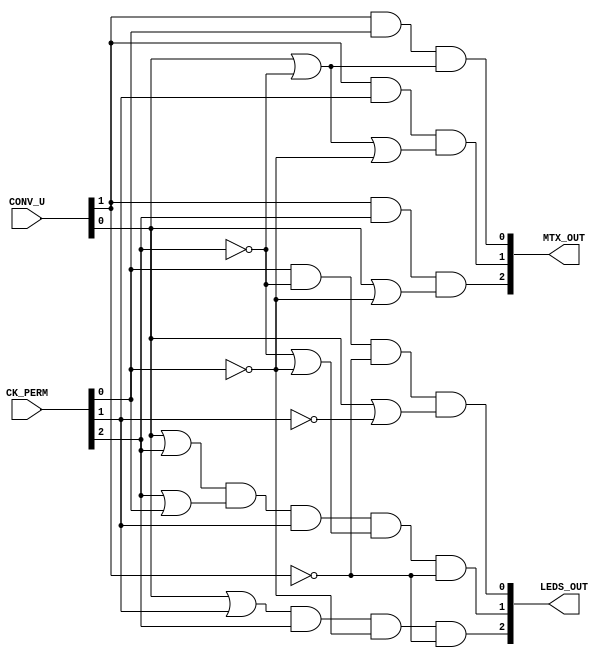
//CONTROLADOR DE SADAS 

module output_controller(MTX_OUT, LEDS_OUT, CONV_U, CK_PERM);

	input [1:0]CONV_U;
	input [2:0]CK_PERM;
	output [2:0]MTX_OUT;
	output [2:0]LEDS_OUT;
	wire not_CONV0, not_CONV1;
	wire not_CKP0, not_CKP1, not_CKP2;
	wire T1, G1, H1, J1;
	wire W1, W2, W3;
	wire U1, U2, U3, U4, U5;

	not Inv0(not_CONV0, CONV_U[0]);
	not Inv1(not_CONV1, CONV_U[1]);
	not Inv3(not_CKP0, CK_PERM[0]);
	not Inv4(not_CKP1, CK_PERM[1]);
	not Inv5(not_CKP2, CK_PERM[2]);

	//For MTX_OUT[0] output
	or Or0(T1, CONV_U[0], not_CKP2);
	and And0(MTX_OUT[0], CONV_U[1], CK_PERM[0], T1);
	
	//For MTX_OUT[1] output
	or Or1(G1, CONV_U[0], not_CKP2, not_CKP0);
	and And1(MTX_OUT[1], CONV_U[1], CK_PERM[1], G1);

	//For MTX_OUT[2] output
	or Or2(H1, CONV_U[0], not_CKP0);
	and And2(MTX_OUT[2], CONV_U[1], CK_PERM[2], H1);

	//For LEDS_OUT[0] output
	or Or3(J1, CONV_U[0], not_CKP1);
	and And3(LEDS_OUT[0], CK_PERM[0], not_CKP2, not_CONV1, J1);

	//For LEDS_OUT[1] output
	or Or4(W1, CONV_U[0], CK_PERM[2]);
	or Or5(W2, CK_PERM[2], CK_PERM[0]);
	or Or6(W3, not_CKP2, not_CKP0);
	and And4(LEDS_OUT[1], W1, W2, CK_PERM[1], W3, not_CONV1);

	//For LEDS_OUT[2] output
	or Or7(U1, CONV_U[0], CK_PERM[1]);
	and And5(LEDS_OUT[2], U1, CK_PERM[2], not_CKP0, not_CONV1);

endmodule